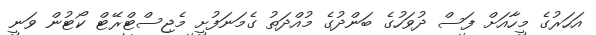
އަހަރުގެ މީހާއަށް ފަސް ދުވަހުގެ ބަންދުގެ މުއްދަތު ގެމަނަފުށީ މެޖިސްޓްރޭޓް ކޯޓުން ވަނީ